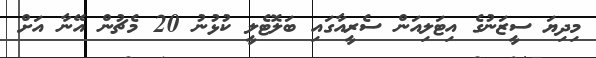
މިދިޔަ ސީޒަނުގެ އިޓަލިއަން ސެރީއާގައި ބަލޮޓެލީ ކުޅުނު 20 މެޗުން އޭނާ އަށް